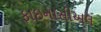
ફાઇનાસીઅલ